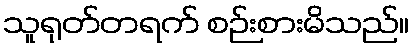
သူရုတ်တရက် စဉ်းစားမိသည်။